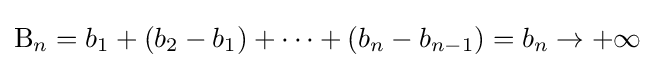
\mathrm {B} _{n}=b_{1}+(b_{2}-b_{1})+\dots +(b_{n}-b_{n-1})=b_{n}\to +\infty